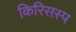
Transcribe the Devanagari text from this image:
किरिसस्प